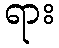
ရား